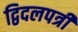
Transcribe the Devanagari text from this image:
द्विदलपत्री